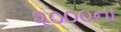
૨૦૦૦ના